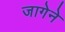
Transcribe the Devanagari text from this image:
जागेने